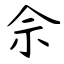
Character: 佘